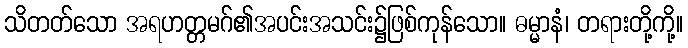
သိတတ်သော အရဟတ္တမဂ်၏အပင်းအသင်း၌ဖြစ်ကုန်သော။ ဓမ္မာနံ၊ တရားတို့ကို့။